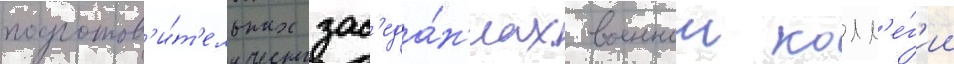
подготов'и́т'ельных зас'еда́н'иах военнои колл'е́г'ии